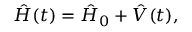
\hat { H } ( t ) = \hat { H } _ { 0 } + \hat { V } ( t ) ,